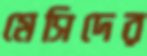
মেসিদের